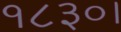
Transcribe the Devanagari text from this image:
१८३०।